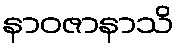
နာဝဇာနာသိ